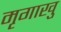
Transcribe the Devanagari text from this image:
मृगाखु